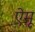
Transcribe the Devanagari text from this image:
ऐमू